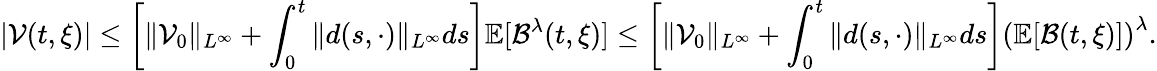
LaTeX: |\mathcal{V}(t,\xi)|\leq\left[\| \mathcal{V}_{0}\| _{L^{\infty}}+\int_{0}^{t}\| d(s,\cdot)\| _{L^{\infty}}ds\right]\mathbb{E}[\mathcal{B}^{\lambda}(t,\xi)]\leq\left[\| \mathcal{V}_{0}\| _{L^{\infty}}+\int_{0}^{t}\| d(s,\cdot)\| _{L^{\infty}}ds\right]\left(\mathbb{E}[\mathcal{B}(t,\xi)]\right)^{\lambda}.